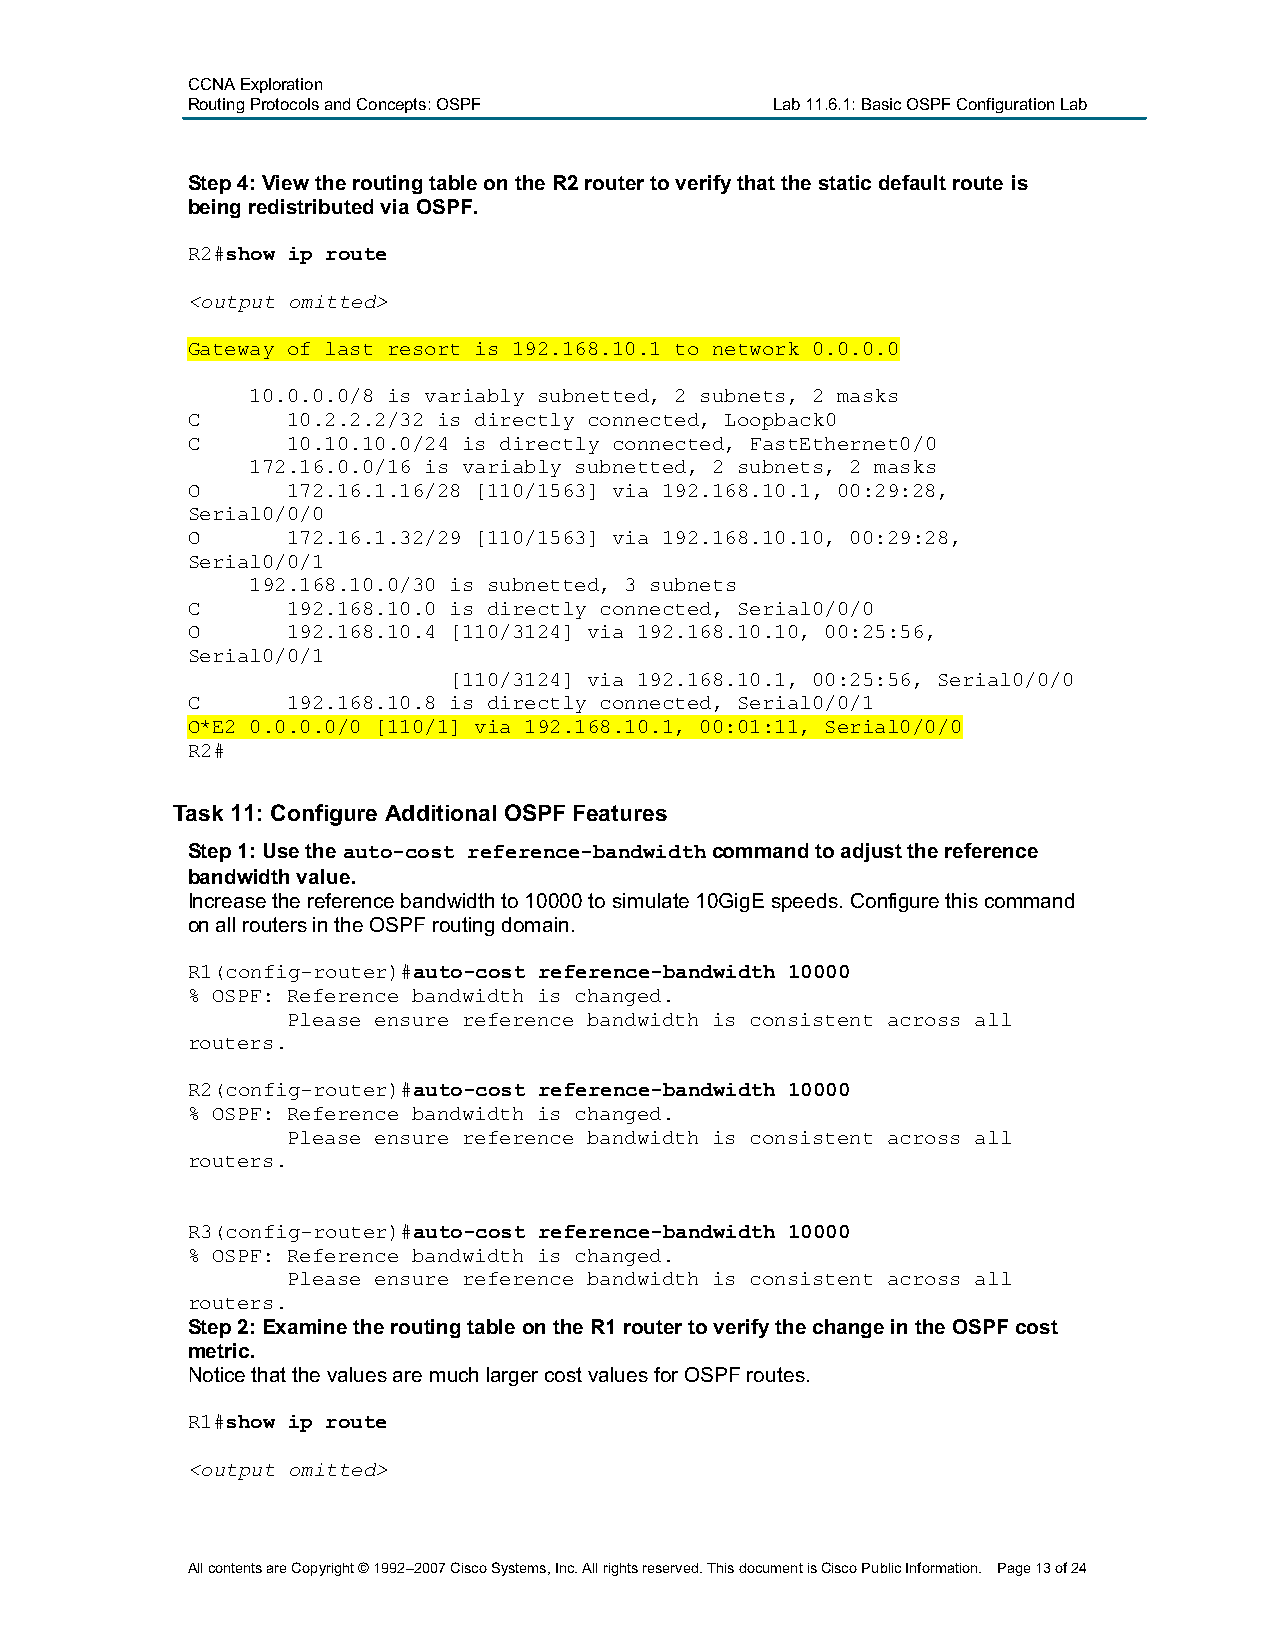
CCNA Exploration
 Routing Protocols and Concepts:OSPF    Lab 11.6.1: Basic OSPF Configuration Lab
 Step 4:View the routing table on the R2 router to verify that the static default route is
 being redistributed via OSPF.
 R2#show ip route
 <output omitted>
 Gateway of last resort is 192.168.10.1 to network 0.0.0.0
 10.0.0.0/8 is variably subnetted, 2 subnets, 2 masks
 C      10.2.2.2/32 is directly connected, Loopback0
 C      10.10.10.0/24 is directly connected, FastEthernet0/0
 172.16.0.0/16 is variably subnetted, 2 subnets, 2 masks
 O      172.16.1.16/28 [110/1563] via 192.168.10.1, 00:29:28,
 Serial0/0/0
 O      172.16.1.32/29 [110/1563] via 192.168.10.10, 00:29:28,
 Serial0/0/1
 192.168.10.0/30 is subnetted, 3 subnets
 C      192.168.10.0 is directly connected, Serial0/0/0
 O      192.168.10.4 [110/3124] via 192.168.10.10, 00:25:56,
 Serial0/0/1
 [110/3124] via 192.168.10.1, 00:25:56, Serial0/0/0
 C      192.168.10.8 is directly connected, Serial0/0/1
 O*E2 0.0.0.0/0 [110/1] via 192.168.10.1, 00:01:11, Serial0/0/0
 R2#
 Task 11: Configure Additional OSPF Features
 Step 1:Use the auto-cost reference-bandwidthcommand to adjust the reference
 bandwidth value.
 Increasethe reference bandwidth to 10000to simulate 10GigE speeds.Configure this command
 on all routers in the OSPF routing domain.
 R1(config-router)#auto-cost reference-bandwidth 10000
 % OSPF: Reference bandwidth is changed.
 Please ensure reference bandwidth is consistent across all
 routers.
 R2(config-router)#auto-cost reference-bandwidth 10000
 % OSPF: Reference bandwidth is changed.
 Please ensure reference bandwidth is consistent across all
 routers.
 R3(config-router)#auto-cost reference-bandwidth 10000
 % OSPF: Reference bandwidth is changed.
 Please ensure reference bandwidth is consistent across all
 routers.
 Step 2:Examine the routing table on the R1 router to verify the change in the OSPF cost
 metric.
 Notice that the values are much larger cost values for OSPF routes.
 R1#show ip route
 <output omitted>
 All contents are Copyright © 1992–2007 Cisco Systems, Inc. All rights reserved. This document is Cisco Public Information. Page 13of 24